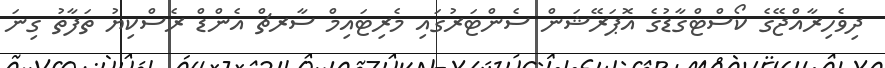
ދިވެހިރާއްޖޭގެ ކޯސްޓްގާޑުގެ އޮޕަރޭޝަން ސެންޓަރުގައި މެރިޓައިމް ސާރޗް އެންޑް ރެސްކިޔު ތަފާތު ގިނަ